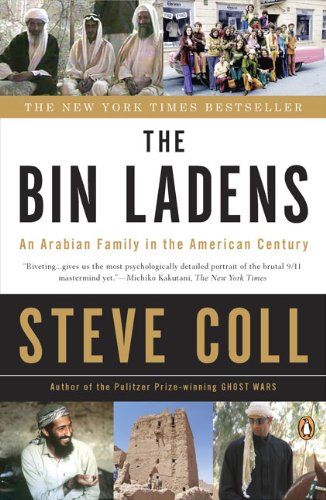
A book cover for The Bin Ladens: An Arabian Family in the American Century; Steve Coll; Biographies & Memoirs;